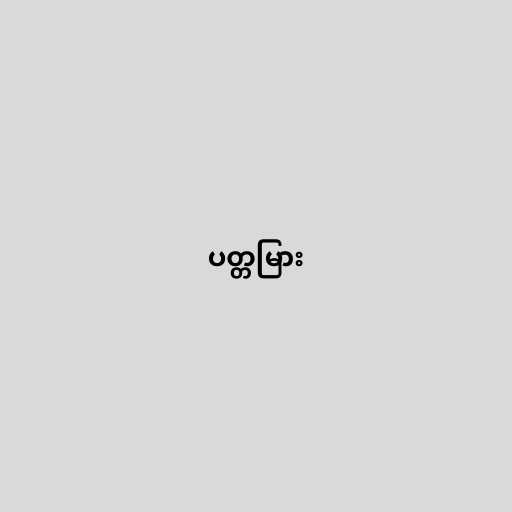
ပတ္တမြား